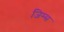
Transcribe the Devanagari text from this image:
जिम्स